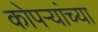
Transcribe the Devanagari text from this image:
कोपर्‍यांच्या